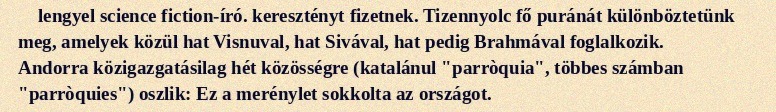
lengyel science fiction-író. keresztényt fizetnek. Tizennyolc fő puránát különböztetünk meg, amelyek közül hat Visnuval, hat Sivával, hat pedig Brahmával foglalkozik. Andorra közigazgatásilag hét közösségre (katalánul "parròquia", többes számban "parròquies") oszlik: Ez a merénylet sokkolta az országot.